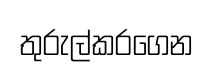
තුරුල්කරගෙන